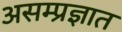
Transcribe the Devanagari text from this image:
असम्प्रज्ञात